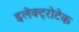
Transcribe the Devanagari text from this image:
इलेक्ट्रोटेक